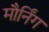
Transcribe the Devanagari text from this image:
मौर्निंग